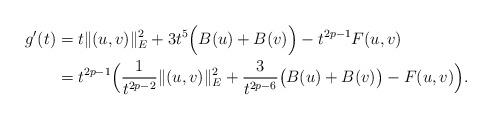
\begin{align*}g'(t)&=t\|(u,v)\|_{E}^{2}+3t^{5}\Big(B(u)+B(v)\Big)-t^{2p-1}F(u,v)\\&=t^{2p-1}\Big(\frac{1}{t^{2p-2}}\|(u,v)\|_{E}^{2}+\frac{3}{t^{2p-6}}\big(B(u)+B(v)\big)-F(u,v)\Big).\end{align*}